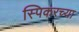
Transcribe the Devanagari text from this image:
स्पिकरच्या